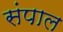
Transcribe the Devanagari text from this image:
संपाल